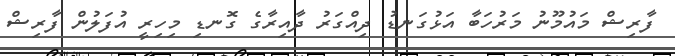
ފާރިޝް މައުމޫނު މަރުހަބާ އަޅުގަނޑު ދިއްގަރު ދާއިރާގެ ގޮނޑި މިހިރީ އުފަލުން ފާރިޝް